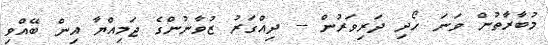
މުބާރާތުން ވަނަ ހޯދި ދަރިވަރުން -- ދިއްގަރު ޒުވާނުންގެ ޖަމިއްޔާ އިން ބޭއްވި